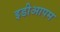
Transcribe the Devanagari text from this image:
इडीआपम